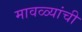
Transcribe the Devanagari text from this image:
मावळ्यांची